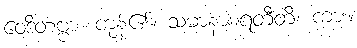
ဝေဒိတဗ္ဗာ၊ ကုန်၏။ သမာနာစရတီတိ၊ ကား။